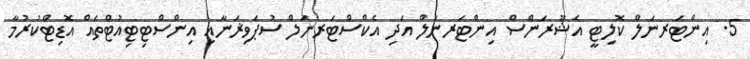
5. އިންޓަރނަލް ކޮލިޓީ އެޝޫރަންސް އިންޓަރނަލް އަދި އެކްސްޓަރނަލް ސުޕަވިޜަނާއި އިންސްޓިޓިއުޓްތައް އޮޑިޓްކުރުމާ